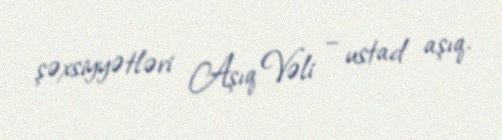
şəxsiyyətləri Aşıq Vəli – ustad aşıq.